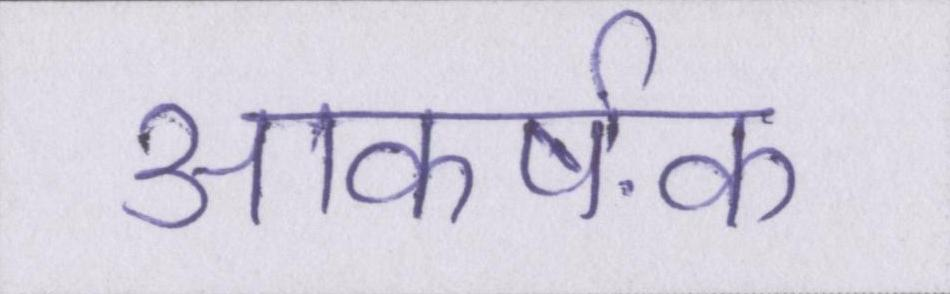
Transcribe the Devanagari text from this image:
आकर्षक